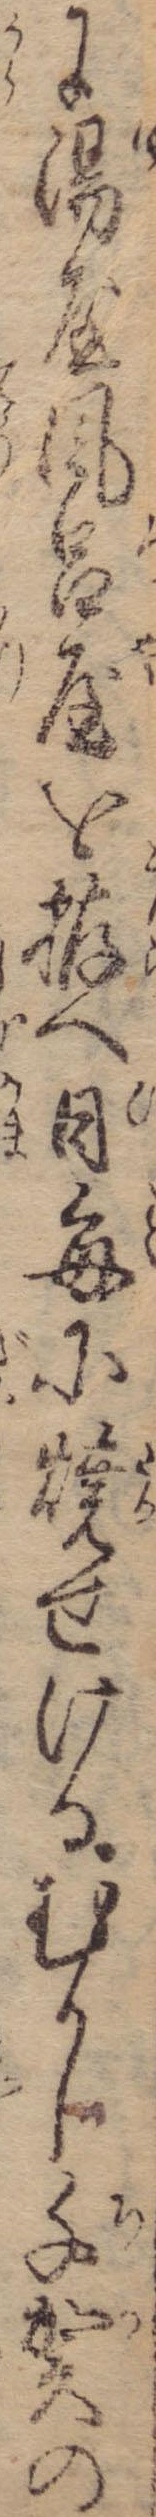
に湯屋風呂屋を拵へ日毎に焼せけるむかし千賀の